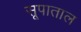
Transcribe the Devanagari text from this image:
सूपाताल